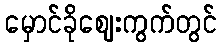
မှောင်ခိုဈေးကွက်တွင်